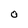
Character: 0